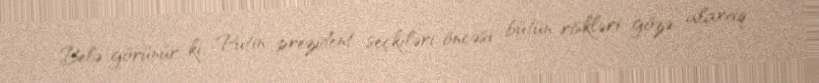
Belə görünür ki, Putin prezident seçkiləri öncəsi bütün riskləri gözə alaraq